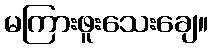
မကြားဖူးသေးချေ။